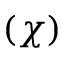
( \chi )